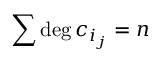
\sum { \mathrm { d e g } } \, c _ { i _ { j } } = n